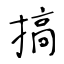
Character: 搞